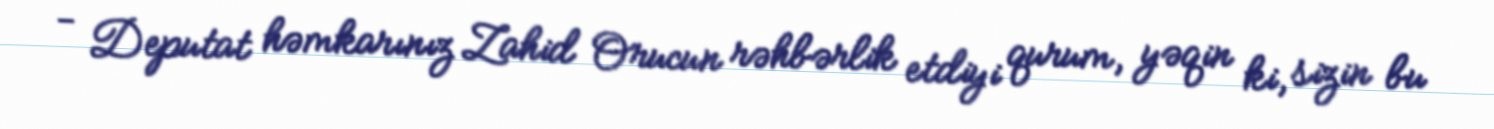
- Deputat həmkarınız Zahid Orucun rəhbərlik etdiyi qurum, yəqin ki, sizin bu